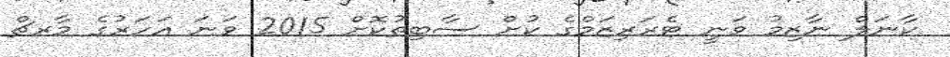
ކާނަލް ނާޒިމު ވަނީ ޓެރަރިޒަމްގެ ކުށް ސާބިތުކޮށް 2015 ވަނަ އަހަރުގެ މާރޗް